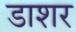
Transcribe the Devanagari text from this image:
डाशर